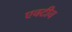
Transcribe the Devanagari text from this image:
एक्टीव